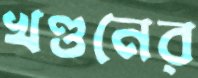
খণ্ডনের